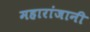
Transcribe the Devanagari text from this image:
महारांजानी